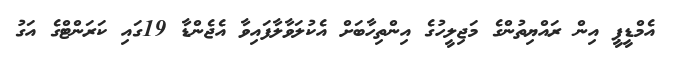
އެމްޑީޕީ އިން ރައްޔިތުންގެ މަޖިލީހުގެ އިންތިހާބަށް އެކުލަވާލާފައިވާ އެޖެންޑާ 19ގައި ކަރަންޓްގެ އަގު